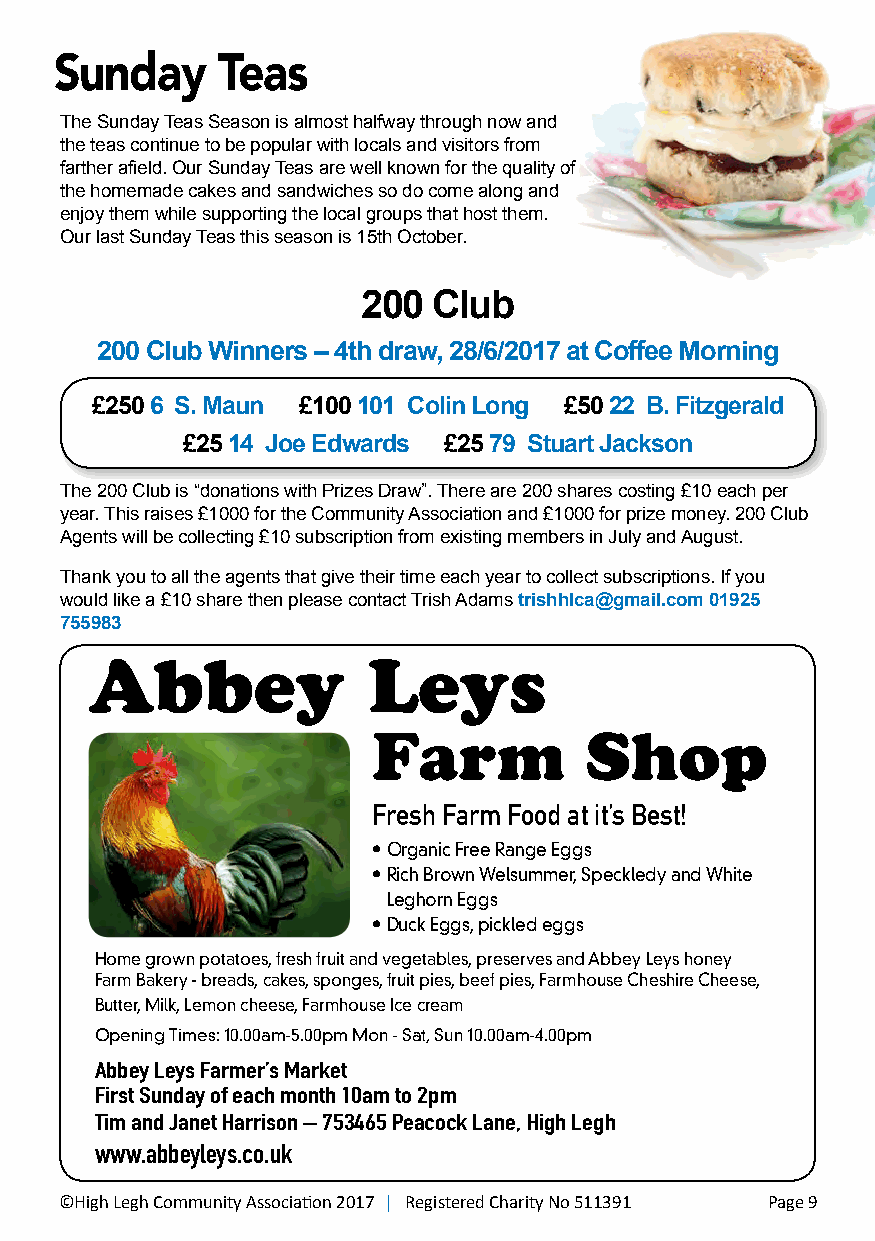
Sunday    Teas
 The Sunday Teas Season is almost halfway through now and
 the teas continue to be popular with locals and visitors from
 farther afield. Our Sunday Teas are well known for the quality of
 the homemade cakes and sandwiches so do come along and
 enjoy them while supporting the local groups that host them.
 Our last Sunday Teas this season is 15th October.
 200  Club
 200 Club Winners – 4th draw, 28/6/2017 at Coffee Morning
 £250 6 S. Maun £100 101 Colin Long £50 22 B. Fitzgerald
 £25 14 Joe Edwards £25 79 Stuart Jackson
 The 200 Club is “donations with Prizes Draw”. There are 200 shares costing £10 each per
 year. This raises £1000 for the Community Association and £1000 for prize money. 200 Club
 Agents will be collecting £10 subscription from existing members in July and August.
 Thank you to all the agents that give their time each year to collect subscriptions. If you
 would like a £10 share then please contact Trish Adams trishhlca@gmail.com 01925
 755983
 Abbey             Leys
 Farm          Shop
 Fresh Farm Food at it’s Best!
 • Organic Free Range Eggs
 • Rich Brown Welsummer, Speckledy and White
 Leghorn Eggs
 • Duck Eggs, pickled eggs
 Home grown potatoes, fresh fruit and vegetables, preserves and Abbey Leys honey
 Farm Bakery - breads, cakes, sponges, fruit pies, beef pies, Farmhouse Cheshire Cheese,
 Butter, Milk, Lemon cheese, Farmhouse Ice cream
 Opening Times: 10.00am-5.00pm Mon - Sat, Sun 10.00am-4.00pm
 Abbey Leys Farmer’s Market
 First Sunday of each month 10am to 2pm
 Tim and Janet Harrison – 753465 Peacock Lane, High Legh
 www.abbeyleys.co.uk
 ©High Legh Community Association 2017 | Registered Charity No 511391 Page 9